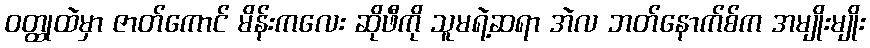
ဝတ္ထုထဲမှာ ဇာတ်ကောင် မိန်းကလေး ဆိုဖီကို သူမရဲ့ဆရာ အဲလ ဘတ်နောက်စ်က အမျိုးမျိုး